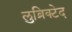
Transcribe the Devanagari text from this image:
लुब्रिक्टेद